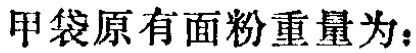
甲袋原有面粉重量为：